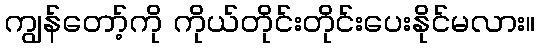
ကျွန်တော့်ကို ကိုယ်တိုင်းတိုင်းပေးနိုင်မလား။